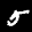
Label: 5